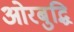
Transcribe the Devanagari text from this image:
ओरबुद्धि